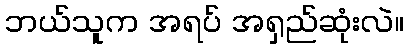
ဘယ်သူက အရပ် အရှည်ဆုံးလဲ။